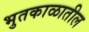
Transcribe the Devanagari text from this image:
भुतकाळातील